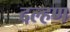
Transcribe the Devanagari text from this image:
दल्हण